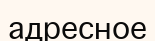
адресное